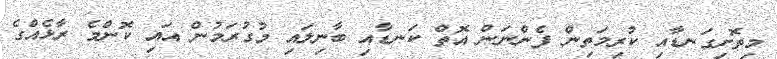
މިތޮށިގަނޑާއި ކުރިމަތިން ފެންނަން އޮތް ކަނޑާއި ބާނިލައި މުގުރަމުން އައި ކޮންމެ ރާޅެއްގެ